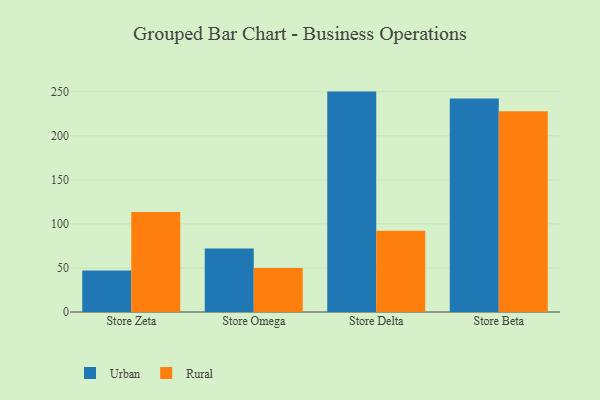
{"axis": {"x": "Store", "y": "Operating Costs (USD K)"}, "legend": ["Rural", "Urban"], "data": [{"x": "Store Zeta", "y": 47.1, "type": "Urban"}, {"x": "Store Zeta", "y": 113.6, "type": "Rural"}, {"x": "Store Omega", "y": 72.1, "type": "Urban"}, {"x": "Store Omega", "y": 49.9, "type": "Rural"}, {"x": "Store Delta", "y": 250.2, "type": "Urban"}, {"x": "Store Delta", "y": 92.2, "type": "Rural"}, {"x": "Store Beta", "y": 242.4, "type": "Urban"}, {"x": "Store Beta", "y": 227.8, "type": "Rural"}]}